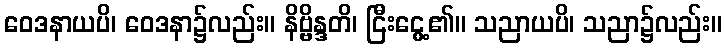
ဝေဒနာယပိ၊ ဝေဒနာ၌လည်း။ နိဗ္ဗိန္ဒတိ၊ ငြီးငွေ့၏။ သညာယပိ၊ သညာ၌လည်း။